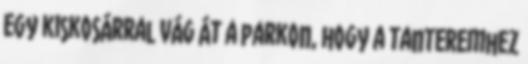
egy kiskosárral vág át a parkon, hogy a tanteremhez